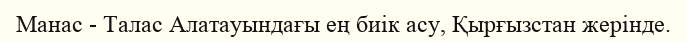
Манас - Талас Алатауындағы ең биік асу, Қырғызстан жерінде.